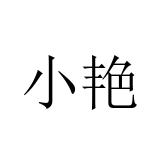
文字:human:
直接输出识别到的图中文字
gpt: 小艳